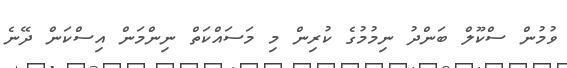
ވުމުން ސްކޫލް ބަންދު ނިމުމުގެ ކުރިން މި މަސައްކަތް ނިންމަން އިސްކަން ދޭނެ